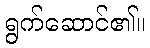
ရွက်ဆောင်၏။